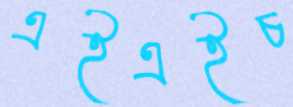
এইএইচ